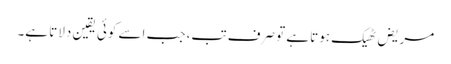
مریض ٹھیک ہوتا ہے تو صرف تب، جب اسے کوئی یقین دلاتا ہے۔